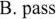
B. Pass